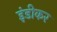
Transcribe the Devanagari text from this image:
इंडीकर